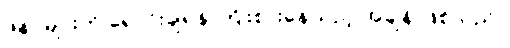
ဖိနပ်များကို ရောင်းချရန် ကြိုးစားနေသည့် အချိန် ဖြစ်သည်။